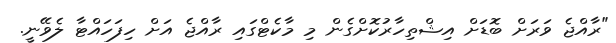
"ރާއްޖެ ވަރަށް ބޮޑަށް އިޝްތިހާރުކޮށްގެން މި މާކެޓްގައި ރާއްޖެ އަށް ހިފަހައްޓާ ލެވޭނީ.